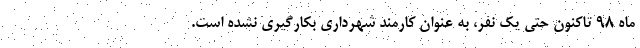
ماه ۹۸ تاکنون حتی یک نفر، به عنوان کارمند شهرداری بکارگیری نشده است.